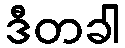
ဒီတခါ